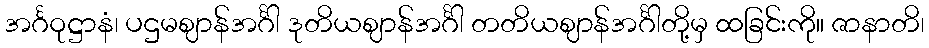
အင်္ဂဝုဋ္ဌာနံ၊ ပဌမဈာန်အင်္ဂါ ဒုတိယဈာန်အင်္ဂါ တတိယဈာန်အင်္ဂါတို့မှ ထခြင်းကို။ ဇာနာတိ၊